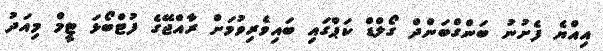
އިއްޔެ ފެށުނު ބަންގްބަންދް ގޯލްޑް ކަޕްގައި ބައިވެރިވުމަށް ރާއްޖޭގެ ފުޓްބޯޅަ ޓީމް މިއަދު